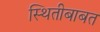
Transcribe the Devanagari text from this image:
स्थितीबाबत